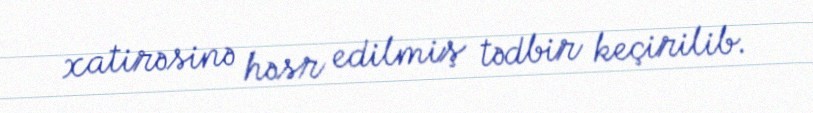
xatirəsinə həsr edilmiş tədbir keçirilib.